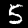
Label: 5